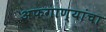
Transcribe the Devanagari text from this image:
अफगाण्यांचा